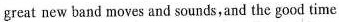
great new band moves and sounds,and the good time